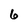
Character: 6